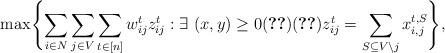
LaTeX: \begin{align*}\max \Biggl\{ \sum_{ i \in N } \sum_{ j \in V}\sum_{t\in[n]} w^t_{ij}z^t_{ij} : \exists ~ (x, y) \geq 0 \eqref{eq:obm_lp_pol1}\eqref{eq:obm_lp_pol2} z^t_{ij} =\sum_{S\subseteq V\backslash j}x_{i,j}^{t,S} \Biggr\} ,\end{align*}